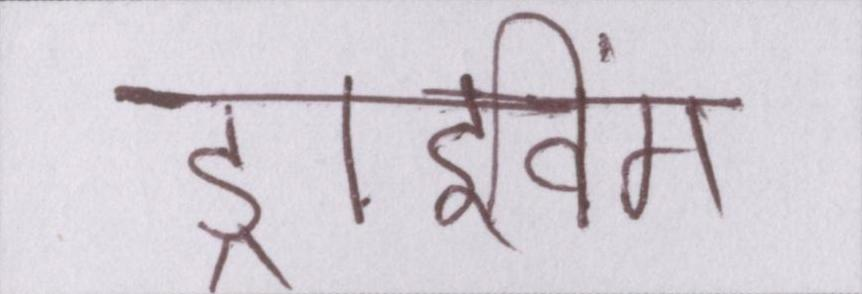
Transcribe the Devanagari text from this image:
ड्राइविंग